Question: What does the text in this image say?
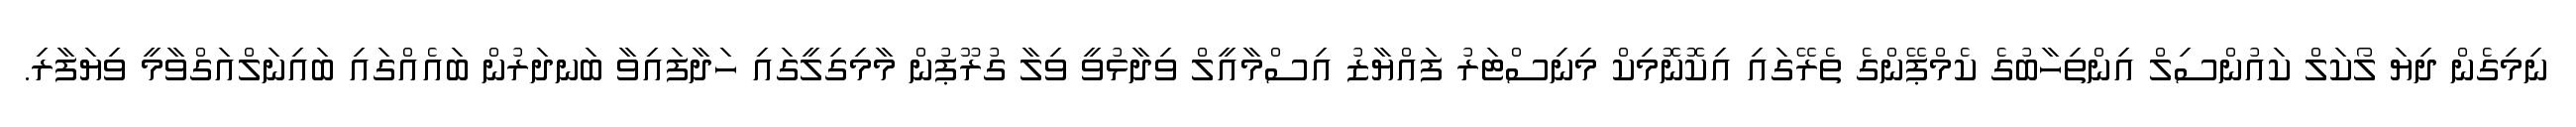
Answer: ނިމިގެން ދިޔަ ލޯކަލް ކައުންސިލް އިންތިހާބުގެ ކެމްޕޭންގެ ތެރޭގައި އިކޮނޮމިކް މިނިސްޓަރު ފައްޔާޒު އިސްމާއީލް ވިދާޅުވީ ވިލާ ގުރޫޕުން މާމިގިލީގައި ހަދާފައިވާ ބަނދަރުން ބައެއްގައި ބައިނަލްއަގްވާމީ ވިޔަފާރި.